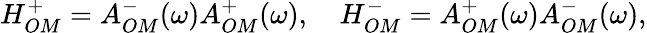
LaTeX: H_{OM}^{+}=A_{OM}^{-}(\omega)A_{OM}^{+}(\omega),\quad H_{OM}^{-}=A_{OM}^{+}(\omega)A_{OM}^{-}(\omega),